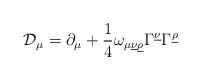
\begin{align*}{\cal D}_\mu=\partial_\mu+{1\over4}\omega_{\mu\underline{\nu}\underline{\rho}}\Gamma^{\underline{\nu}}\Gamma^{\underline{\rho}}\end{align*}